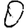
Digit: 0